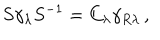
LaTeX: S \gamma _ { \lambda } S ^ { - 1 } = C _ { \lambda } \gamma _ { R \lambda } \, ,